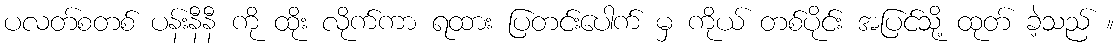
ပလတ်စတစ် ပန်းနီနီ ကို ထိုး လိုက်ကာ ရထား ပြတင်းပေါက် မှ ကိုယ် တစ်ပိုင်း အပြင်သို့ ထုတ် ခဲ့သည် ။